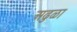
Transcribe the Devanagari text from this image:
अढुळा